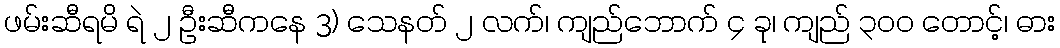
ဖမ်းဆီရမိ ရဲ ၂ ဦးဆီကနေ 3) သေနတ် ၂ လက်၊ ကျည်ဘောက် ၄ ခု၊ ကျည် ၃၀၀ တောင့်၊ ဓား